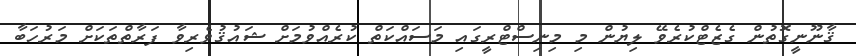
ޤާނޫނީގޮތުން ގެޒެޓްކުރެވޭ ލިޔުން މި މިނިސްޓްރީގައި މަސައްކަތް ކުރެއްވުމަށް ޝައުޤުވެރިވާ ފަރާތްތަކަށް މަރުހަބާ